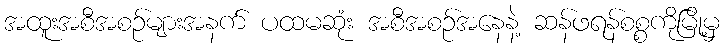
အထူးအစီအစဉ်များအနက် ပထမဆုံး အစီအစဉ်အနေနဲ့ ဆန်ဖရန်စစ္စကိုမြို့မှ